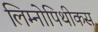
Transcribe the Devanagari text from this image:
लिम्नोपिथीकस